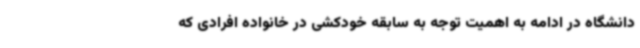
دانشگاه در ادامه به اهمیت توجه به سابقه خودکشی در خانواده افرادی که